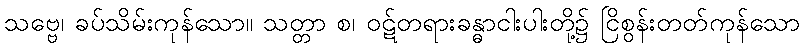
သဗ္ဗေ၊ ခပ်သိမ်းကုန်သော။ သတ္တာ စ၊ ဝဋ်တရားခန္ဓာငါးပါးတို့၌ ငြိစွန်းတတ်ကုန်သော